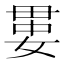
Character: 𡞔